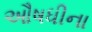
ઔષધીના